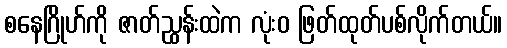
စနေဂြိုဟ်ကို ဇာတ်ညွှန်းထဲက လုံးဝ ဖြတ်ထုတ်ပစ်လိုက်တယ်။